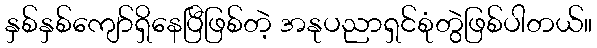
နှစ်နှစ်ကျော်ရှိနေပြီဖြစ်တဲ့ အနုပညာရှင်စုံတွဲဖြစ်ပါတယ်။